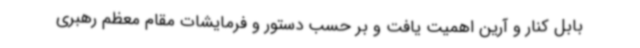
بابل کنار و آرین اهمیت یافت و بر حسب دستور و فرمایشات مقام معظم رهبری